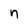
Character: n